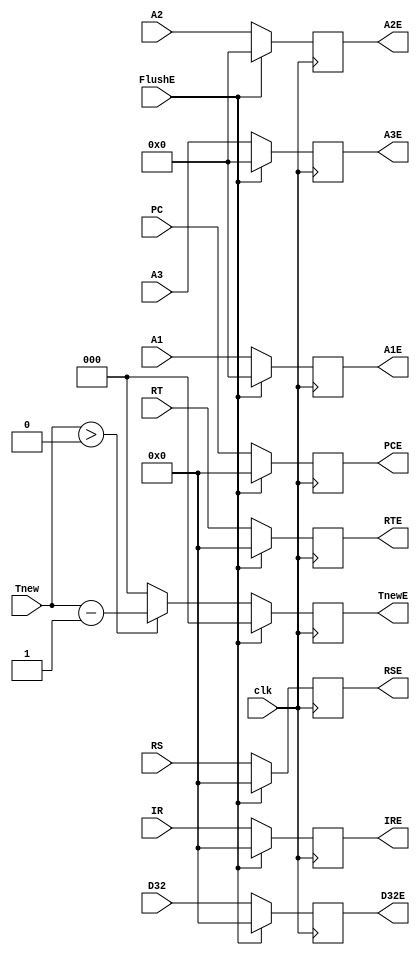
module regE(
           input clk,
           input FlushE,
           input [31:0] IR,
           input [31:0] PC,
           input [31:0] RS,
           input [31:0] RT,
           input [31:0] D32,
           output reg [31:0] IRE,
           output reg [31:0] PCE,
           output reg [31:0] RSE,
           output reg [31:0] RTE,
           output reg [31:0] D32E,
           input [4:0] A1,
           input [4:0] A2,
           input [4:0] A3,
           input [2:0] Tnew,
           // input [2:0] Tuse1,
           // input [2:0] Tuse2,
           output reg [4:0] A1E,
           output reg [4:0] A2E,
           output reg [4:0] A3E,
           output reg [2:0] TnewE
           // output reg [2:0] Tuse1E,
           // output reg [2:0] Tuse2E
       );

initial begin
    IRE = 0;
    PCE = 0;
    RSE = 0;
    RTE = 0;
    D32E = 0;
    // A1E = 0;
    // A2E = 0;
    A3E = 0;
    TnewE = 0;
    // Tuse1E = 0;
    // Tuse2E = 0;
end

always @(posedge clk) begin
    if(FlushE) begin
        IRE <= 0;
        PCE <= 0;
        RSE <= 0;
        RTE <= 0;
        D32E <= 0;
        A1E <= 0;
        A2E <= 0;
        A3E <= 0;
        TnewE <= 0;
        // Tuse1E <= 0;
        // Tuse2E <= 0;
    end
    else begin
        IRE <= IR;
        PCE <= PC;
        RSE <= RS;
        RTE <= RT;
        D32E <= D32;
        A1E <= A1;
        A2E <= A2;
        A3E <= A3;
        TnewE <= Tnew > 0 ? Tnew - 1 : 0;
        // Tuse1E <= Tuse1;
        // Tuse2E <= Tuse2;
    end
end

endmodule